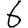
Digit: 6